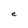
Character: e